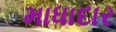
માધાદાર